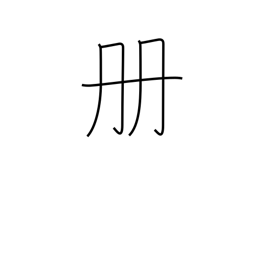
Meaning: counter for books